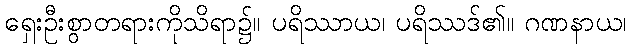
ရှေးဦးစွာတရားကိုသိရာ၌။ ပရိဿာယ၊ ပရိဿဒ်၏။ ဂဏနာယ၊